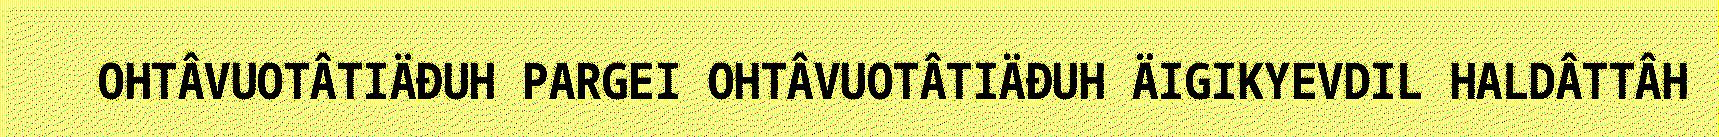
OHTÂVUOTÂTIÄĐUH PARGEI OHTÂVUOTÂTIÄĐUH ÄIGIKYEVDIL HALDÂTTÂH